Indian journal of veterinary science and animal husbandry - Volumes 24-25, 1954-1955
Year: 1954
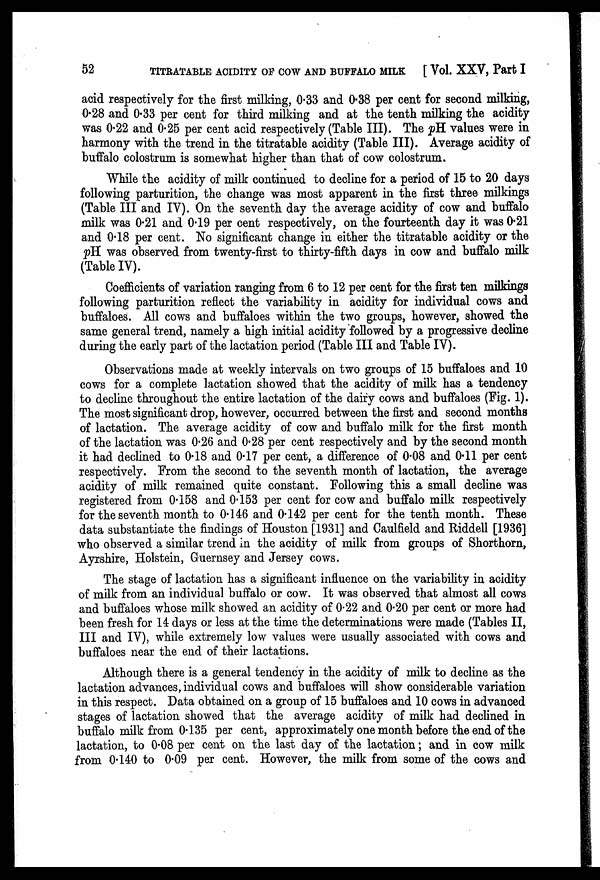
52
TITRATABLE ACIDITY OF COW AND BUFFALO MILK
[Vol. XXV, Part I
acid respectively for the first milking, 0.33 and 0.38 per cent for second milking,
0.28 and 0.33 per cent for third milking and at the tenth milking the acidity
was 0.22 and 0.25 per cent acid respectively (Table III). The pH values were in
harmony with the trend in the titratable acidity (Table III). Average acidity of
buffalo colostrum is somewhat higher than that of cow colostrum.
While the acidity of milk continued to decline for a period of 15 to 20 days
following parturition, the change was most apparent in the first three milkings
(Table III and IV). On the seventh day the average acidity of cow and buffalo
milk was 0.21 and 0.19 per cent respectively, on the fourteenth day it was 0.21
and 0.18 per cent. No significant change in either the titratable acidity or the
pH was observed from twenty-first to thirty-fifth days in cow and buffalo milk
(Table IV).
Coefficients of variation ranging from 6 to 12 per cent for the first ten milkings
following parturition reflect the variability in acidity for individual cows and
buffaloes. All cows and buffaloes within the two groups, however, showed the
same general trend, namely a high initial acidity followed by a progressive decline
during the early part of the lactation period (Table III and Table IV).
Observations made at weekly intervals on two groups of 15 buffaloes and 10
cows for a complete lactation showed that the acidity of milk has a tendency
to decline throughout the entire lactation of the dairy cows and buffaloes (Fig. 1).
The most significant drop, however, occurred between the first and second months
of lactation. The average acidity of cow and buffalo milk for the first month
of the lactation was 0.26 and 0.28 per cent respectively and by the second month
it had declined to 0.18 and 0.17 per cent, a difference of 0.08 and 0.11 per cent
respectively. From the second to the seventh month of lactation, the average
acidity of milk remained quite constant. Following this a small decline was
registered from 0.158 and 0.153 per cent for cow and buffalo milk respectively
for the seventh month to 0.146 and 0.142 per cent for the tenth month. These
data substantiate the findings of Houston [1931] and Caulfield and Riddell [1936]
who observed a similar trend in the acidity of milk from groups of Shorthorn,
Ayrshire, Holstein, Guernsey and Jersey cows.
The stage of lactation has a significant influence on the variability in acidity
of milk from an individual buffalo or cow. It was observed that almost all cows
and buffaloes whose milk showed an acidity of 0.22 and 0.20 per cent or more had
been fresh for 14 days or less at the time the determinations were made (Tables II,
III and IV), while extremely low values were usually associated with cows and
buffaloes near the end of their lactations.
Although there is a general tendency in the acidity of milk to decline as the
lactation advances, individual cows and buffaloes will show considerable variation
in this respect. Data obtained on a group of 15 buffaloes and 10 cows in advanced
stages of lactation showed that the average acidity of milk had declined in
buffalo milk from 0.135 per cent, approximately one month before the end of the
lactation, to 0.08 per cent on the last day of the lactation; and in cow milk
from 0.140 to 0.09 per cent. However, the milk from some of the cows and